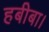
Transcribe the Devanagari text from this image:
हबीबा।